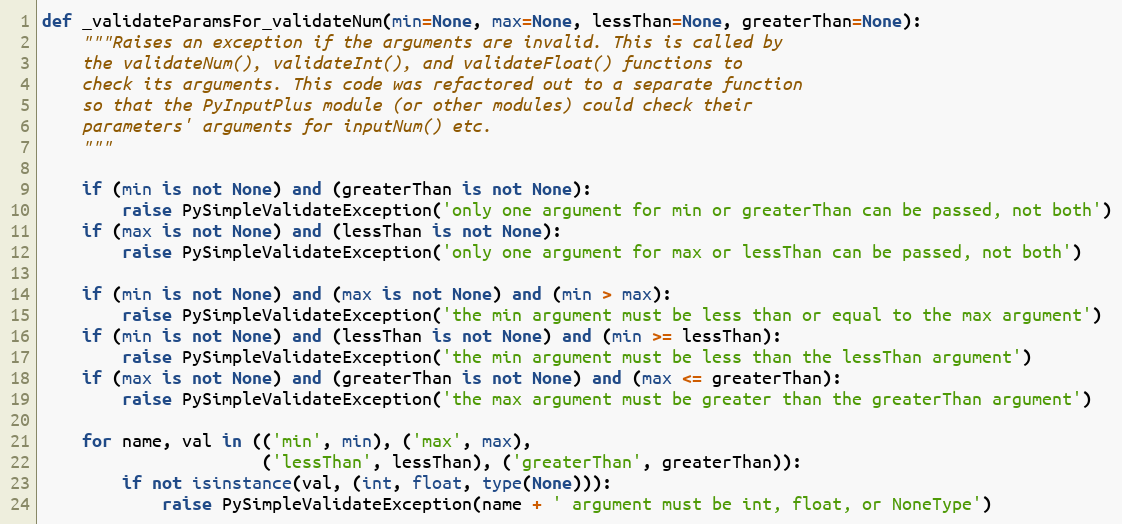
Language: Python
def _validateParamsFor_validateNum(min=None, max=None, lessThan=None, greaterThan=None):
    """Raises an exception if the arguments are invalid. This is called by
    the validateNum(), validateInt(), and validateFloat() functions to
    check its arguments. This code was refactored out to a separate function
    so that the PyInputPlus module (or other modules) could check their
    parameters' arguments for inputNum() etc.
    """

    if (min is not None) and (greaterThan is not None):
        raise PySimpleValidateException('only one argument for min or greaterThan can be passed, not both')
    if (max is not None) and (lessThan is not None):
        raise PySimpleValidateException('only one argument for max or lessThan can be passed, not both')

    if (min is not None) and (max is not None) and (min > max):
        raise PySimpleValidateException('the min argument must be less than or equal to the max argument')
    if (min is not None) and (lessThan is not None) and (min >= lessThan):
        raise PySimpleValidateException('the min argument must be less than the lessThan argument')
    if (max is not None) and (greaterThan is not None) and (max <= greaterThan):
        raise PySimpleValidateException('the max argument must be greater than the greaterThan argument')

    for name, val in (('min', min), ('max', max),
                      ('lessThan', lessThan), ('greaterThan', greaterThan)):
        if not isinstance(val, (int, float, type(None))):
            raise PySimpleValidateException(name + ' argument must be int, float, or NoneType')